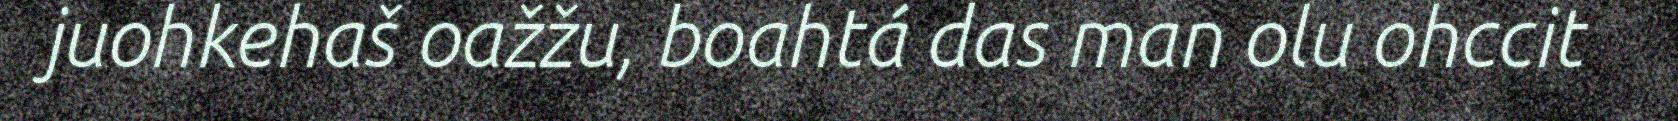
juohkehaš oažžu, boahtá das man olu ohccit